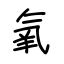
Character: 氧